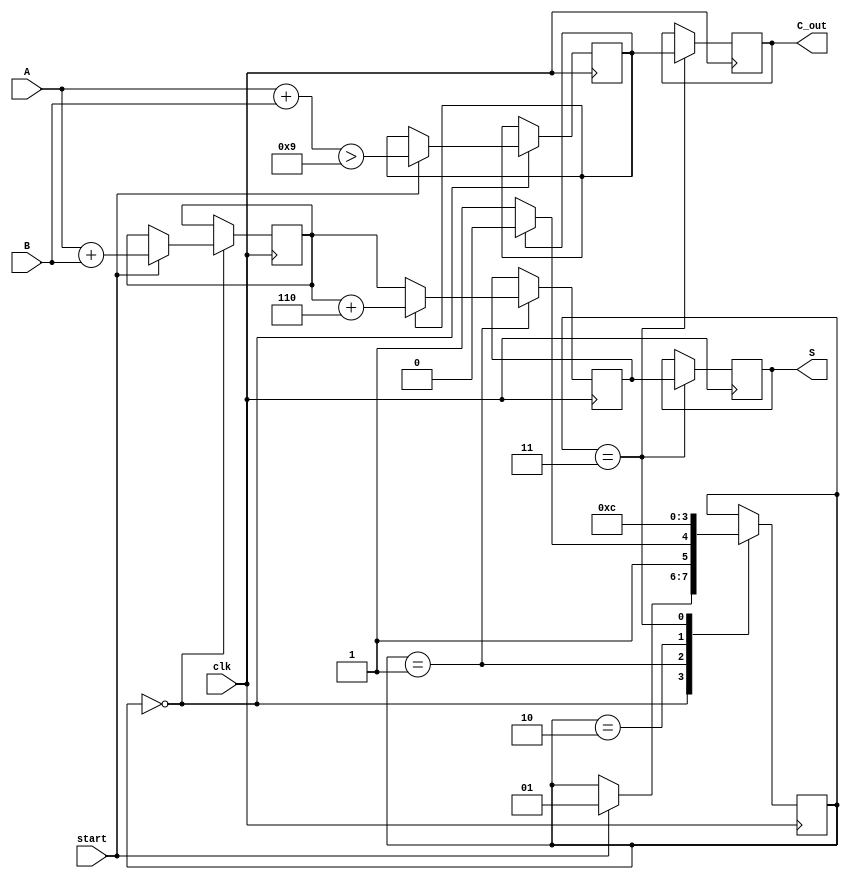
module BCD_Pipelined_Adder (
    input clk,
    input [3:0] A,
    input [3:0] B,
    input start,
    output reg [3:0] S,
    output reg C_out
);
    reg [3:0] sum;
    reg carry;
    reg [3:0] corrected_sum;
    reg [1:0] state;
    
    // Define states for the pipeline
    localparam IDLE = 2'b00,
               ADD = 2'b01,
               CORRECT = 2'b10,
               OUTPUT = 2'b11;

    always @(posedge clk) begin
        case (state)
            IDLE: begin
                if (start) begin
                    // Initiate addition
                    sum <= A + B;
                    carry <= (A + B) > 9;
                    state <= ADD;
                end
            end
            
            ADD: begin
                // Move to correction if needed
                if (carry) begin
                    corrected_sum <= sum + 4'b0110; // Add 6 for BCD correction
                    state <= CORRECT;
                end else begin
                    corrected_sum <= sum; // No correction needed
                    state <= OUTPUT;
                end
            end
            
            CORRECT: begin
                // Move to output stage after correction
                state <= OUTPUT;
            end
            
            OUTPUT: begin
                // Output the result
                S <= corrected_sum;
                C_out <= carry; // Carry out indicates if an additional digit is needed
                state <= IDLE; // Return to idle state
            end
            
            default: state <= IDLE; // Reset state in case of unexpected situation
        endcase
    end
endmodule